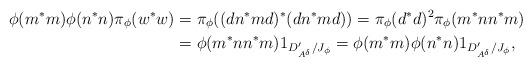
LaTeX: \begin{align*}\phi(m^*m)\phi(n^*n) \pi_\phi(w^*w)&=\pi_\phi ((d n^*m d)^*(d n^*m d))=\pi_\phi(d^*d)^2 \pi_\phi(m^*nn^*m)\\&= \phi(m^*nn^*m) 1_{D'_{A^\delta}/J_\phi}=\phi(m^*m)\phi(n^*n)1_{D'_{A^\delta}/J_\phi},\end{align*}